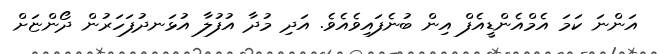
އަންނަ ކަމަ އެމްއެންޑީއެފް އިން ބުނެފައިވެއެވެ. އަދި މުދާ އުފުލާ އުޅަނދުފަހަރުން ދޯންޏަށް